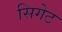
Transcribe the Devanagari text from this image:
सिगेट